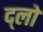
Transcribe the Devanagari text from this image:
द्लो